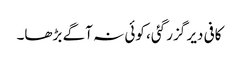
کافی دیر گزر گئی، کوئی نہ آگے بڑھا۔